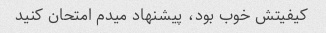
کیفیتش خوب بود، پیشنهاد میدم امتحان کنید